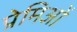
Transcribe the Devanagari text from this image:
प्रेमिओं